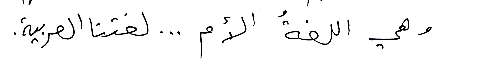
وهي اللغةُ الأم ... لغتنا العربية.